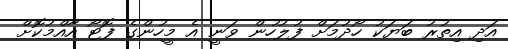
އަދި އިތުރު ބަޔަކު ހޯދުމަށް ފުލުހުން ވަނީ އެ މީހުންގެ ފޮޓޯ އާއްމުކޮށް